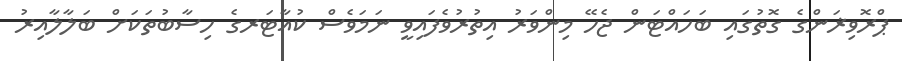
ޕްރޮވިޜަންގެ ގޮތުގައި ބަހައްޓަން ޖެހޭ މިންވަރު އިތުރުވެފައިވީ ނަމަވެސް ކުއާޓަރގެ ހިސާބުތަކަށް ބަލާލާއިރު